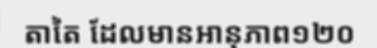
តាតៃ ដែលមានអានុភាព១២០